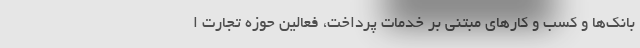
بانک‌ها و کسب و کارهای مبتنی بر خدمات پرداخت، فعالین حوزه تجارت ا